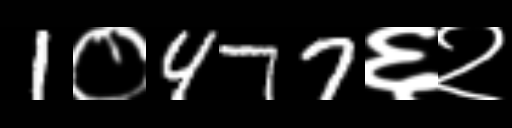
Text: 1०477६२